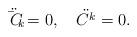
LaTeX: \begin{align*}\ddot{{\bar C}_{k}}=0,\quad\ddot{{C}^{k}}=0.\end{align*}